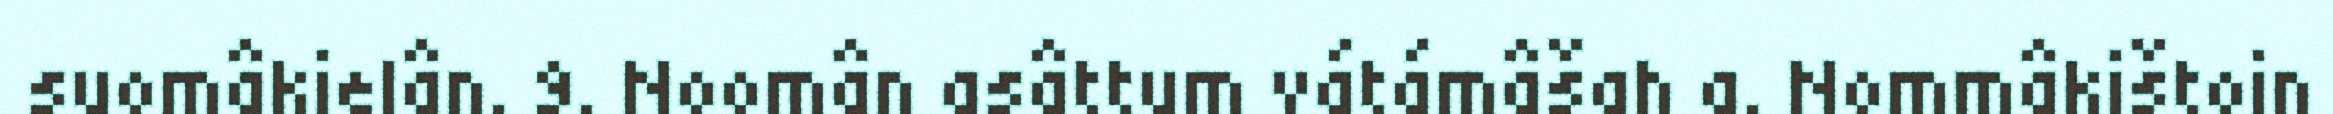
suomâkielân. 9. Noomân asâttum vátámâšah a. Nommâkištoin